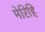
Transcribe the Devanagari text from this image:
मेरिहि